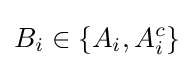
B_{i}\in \{A_{i},A_{i}^{c}\}